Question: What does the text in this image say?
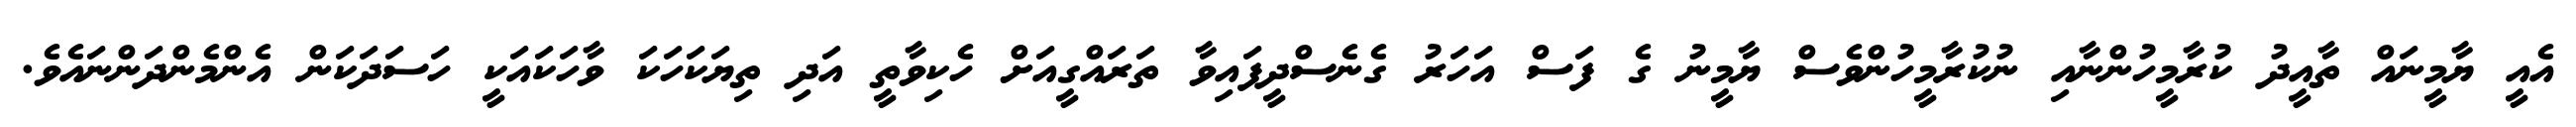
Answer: އެއީ ޔާމީނައް ތާއީދު ކުރާމީހުންނާއި ނުކުރާމީހުންވެސް ޔާމީނު ގެ ފަސް އަހަރު ގެނެސްދީފައިވާ ތަރައްގީއަށް ހެކިވާތީ އަދި ތިޔަކަހަކަ ވާހަކައަކީ ހަސަދަކަން އެންމެންދަންނައެވެ.